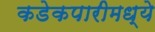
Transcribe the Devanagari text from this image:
कडेकपारीमध्ये